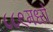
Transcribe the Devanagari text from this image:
८८९मध्ये